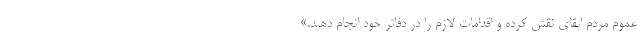
عموم مردم ابقای نقش کرده و اقدامات لازم را در دفاتر خود انجام دهید.»